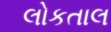
લોકતાલ